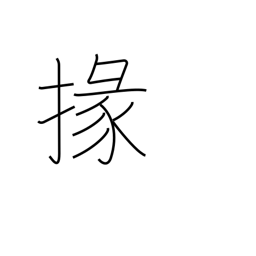
Meaning: subordinate official